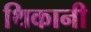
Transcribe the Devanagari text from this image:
थिकानी